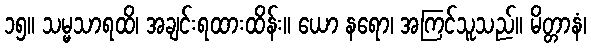
၁၅။ သမ္မသာရထိ၊ အချင်းရထားထိန်း။ ယော နရော၊ အကြင်သူသည်။ မိတ္တာနံ၊